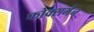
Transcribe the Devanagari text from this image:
फोक्समैन